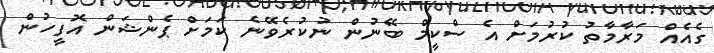
ގެއެއް މަރާމާތު ކުރުމަށް އެ ސްކީމް ބޭނުން ނުކުރެވޭނެ ކަަމަށް ޕެންޝަން އޮފީހުން